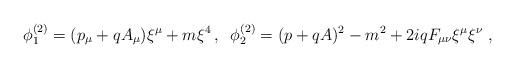
LaTeX: \begin{align*}\phi _{1}^{(2)}=(p_{\mu }+qA_{\mu })\xi ^{\mu }+m\xi ^{4}\,,\;\;\phi_{2}^{(2)}=(p+qA)^{2}-m^{2}+2iqF_{\mu \nu }\xi ^{\mu }\xi ^{\nu }\;,\end{align*}